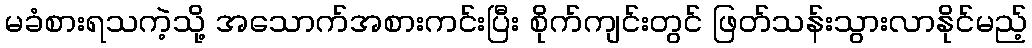
မခံစားရသကဲ့သို့ အသောက်အစားကင်းပြီး စိုက်ကျင်းတွင် ဖြတ်သန်းသွားလာနိုင်မည့်